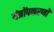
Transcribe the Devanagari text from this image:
यंत्रोंपकरणों